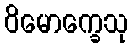
ဝိမောက္ခေသု